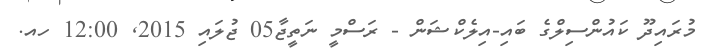
މުރައިދޫ ކައުންސިލްގެ ބައި-އިލެކްޝަން - ރަސްމީ ނަތީޖާ05 ޖުލައި 2015